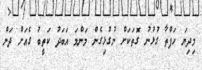
މިދިޔަ ހަފްތާ ގުޅުނު ގޮތަކަށް ނުގުޅިގެން މަންމަ އަބަދު ކަތީބު ގެއަށް ދަން